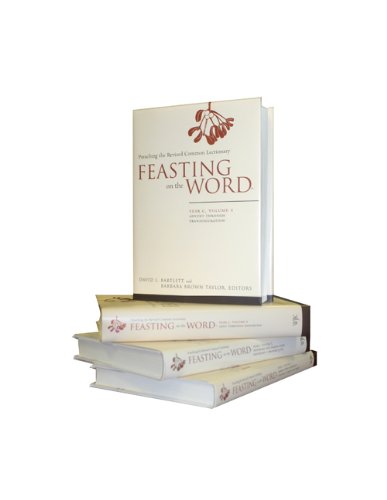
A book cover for Feasting on the Word, Year C (4 Volume Set); Christian Books & Bibles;